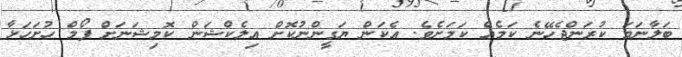
ބަލާނަމަ ކުރަންޖެހޭނެ ކަމެއް ކަމަށެވެ. އެކަން ޔަގީންނުކޮށް އިލެކްޝަން ކޮމިޝަނަށް ފޯމް ހުށަހަޅާ